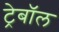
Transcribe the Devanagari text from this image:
ट्रेबॉल